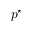
p ^ { \star }